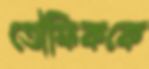
তৌফিককে